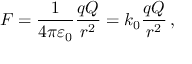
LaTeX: F = { \frac { 1 } { 4 \pi \varepsilon _ { 0 } } } { \frac { q Q } { r ^ { 2 } } } = k _ { 0 } { \frac { q Q } { r ^ { 2 } } } \, ,